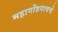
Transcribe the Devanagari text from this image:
महागोंडगावचे